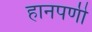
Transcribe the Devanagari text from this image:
हानपणी